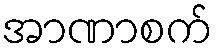
အာဏာစက်